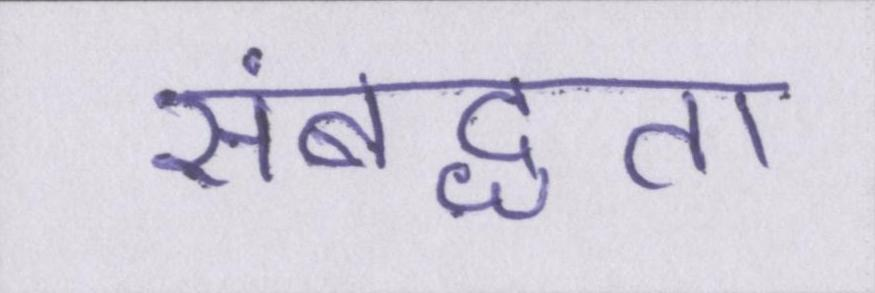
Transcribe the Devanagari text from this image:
संबद्धता